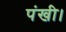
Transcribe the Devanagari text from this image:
पंखी।